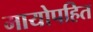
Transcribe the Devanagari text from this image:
मायोपहित